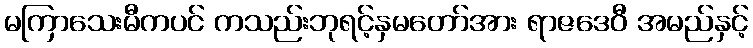
မကြာသေးမီကပင် ကသည်းဘုရင့်နှမတော်အား ရာဇဒေဝီ အမည်နှင့်